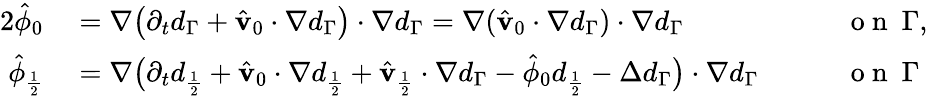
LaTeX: \begin{array}{rlrl}{{2}\hat{\phi}_{0}}&{{}=\nabla\big(\partial_{t}d_{\Gamma}+\hat{\mathbf{v}}_{0}\cdot\nabla d_{\Gamma}\big)\cdot\nabla d_{\Gamma}=\nabla(\hat{\mathbf{v}}_{0}\cdot\nabla d_{\Gamma})\cdot\nabla d_{\Gamma}}&{\quad}&{{}\mathrm{~o~n~}\ \Gamma,}\\ {\hat{\phi}_{\frac{1}{2}}}&{{}=\nabla\big(\partial_{t}d_{\frac{1}{2}}+\hat{\mathbf{v}}_{0}\cdot\nabla d_{\frac{1}{2}}+\hat{\mathbf{v}}_{\frac{1}{2}}\cdot\nabla d_{\Gamma}-\hat{\phi}_{0}d_{\frac{1}{2}}-\Delta d_{\Gamma}\big)\cdot\nabla d_{\Gamma}}&{\quad}&{{}\mathrm{~o~n~}\ \Gamma}\end{array}